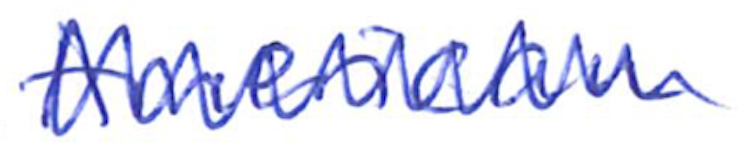
Text: American
Cross-out: zig-zag
Writing tool: ballpoint